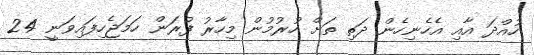
ހުއްދަ އާއި އެހެނިހެން ދަތި ތަށް ހުރުމުން މިހާރު ފުރަން ހަމަޖެހިފައިވަނީ 24